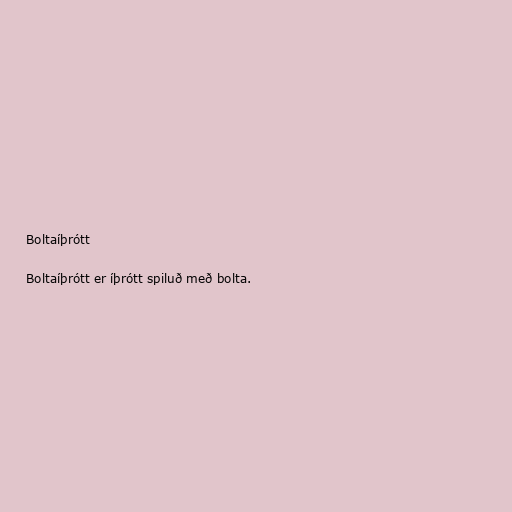
Boltaíþrótt

Boltaíþrótt er íþrótt spiluð með bolta.